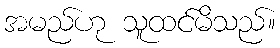
အမည်ဟု သူထင်မိသည်။